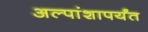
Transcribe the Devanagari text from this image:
अल्पांशापर्यंत